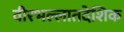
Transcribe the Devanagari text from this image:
वीरभल्लातदेशिक